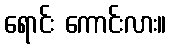
ရောင်း ကောင်းလား။